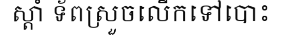
ស្តាំ ទ័ពស្រួចលើកទៅបោះ